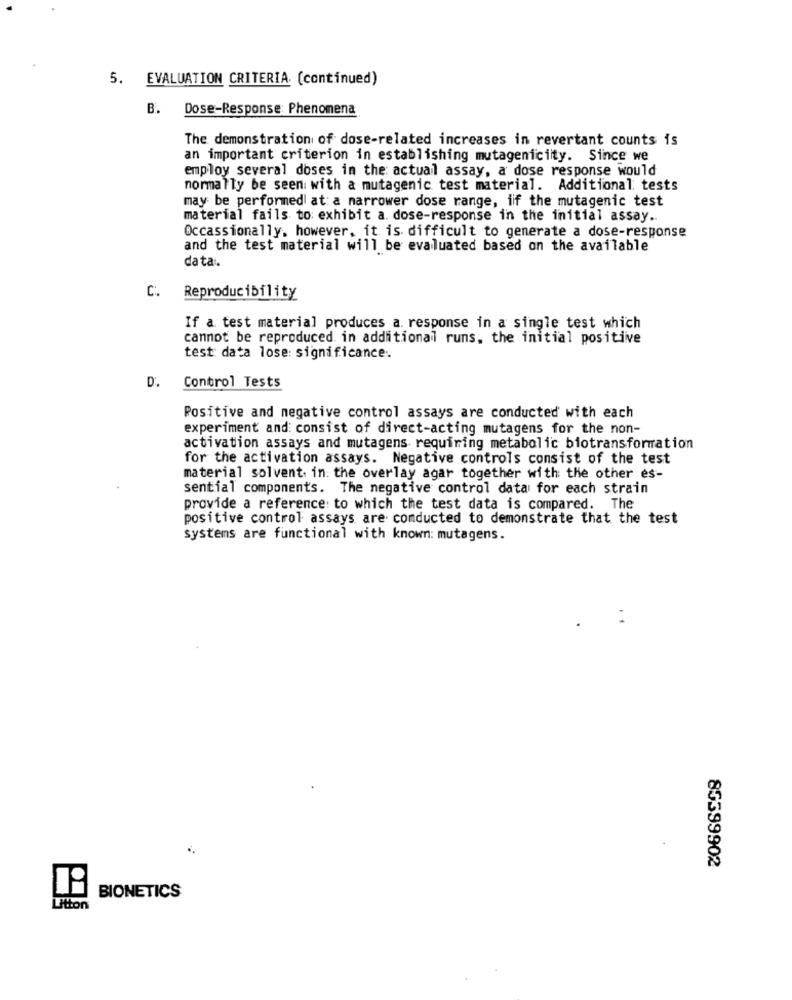
5. EVALUATION CRITERIA (continued)
B.
Dose-Response Phenomena
The demonstration of dose-related increases in revertant counts is
an important criterion in establishing mutagenicilty. Since we
employ several doses in the actual assay, a dose response would
normally be seen with a mutagenic test material. Additional tests
may be performed at a narrower dose range, iif the mutagenic test
material fails to exhibit a. dose-response in the initial assay.
Occassionally, however, it is difficult to generate a dose-response
and the test material will be evaluated based on the available
data.
C. Reproducibility
If a test material produces a. response in a single test which
cannot be reproduced. in additional runs, the initial positive
test data lose: significance ..
D.
Control Tests
Positive and negative control assays are conducted with each
experiment and: consist of direct-acting mutagens for the non-
activation assays and mutagens requiring metabolic biotransformation
for the activation assays. Negative controls consist of the test
material solvent. in: the overlay agar together with the other es-
sential components. The negative control data for each strain
provide a reference to which the test data is compared. The
positive control assays are conducted to demonstrate that the test
systems are functional with known: mutagens.
85399902
BIONETICS
Litton